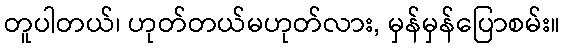
တူပါတယ်၊ ဟုတ်တယ်မဟုတ်လား, မှန်မှန်ပြောစမ်း။